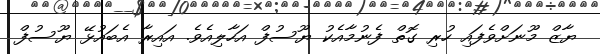
ޔާޒް މޫނަށްވެފައި ހުރި ގޮތް ފެނުމާއެކު ޔޫސުފް އަހާލިއެވެ. އައިރާ އެބައުޅޭ ޔޫސުފް